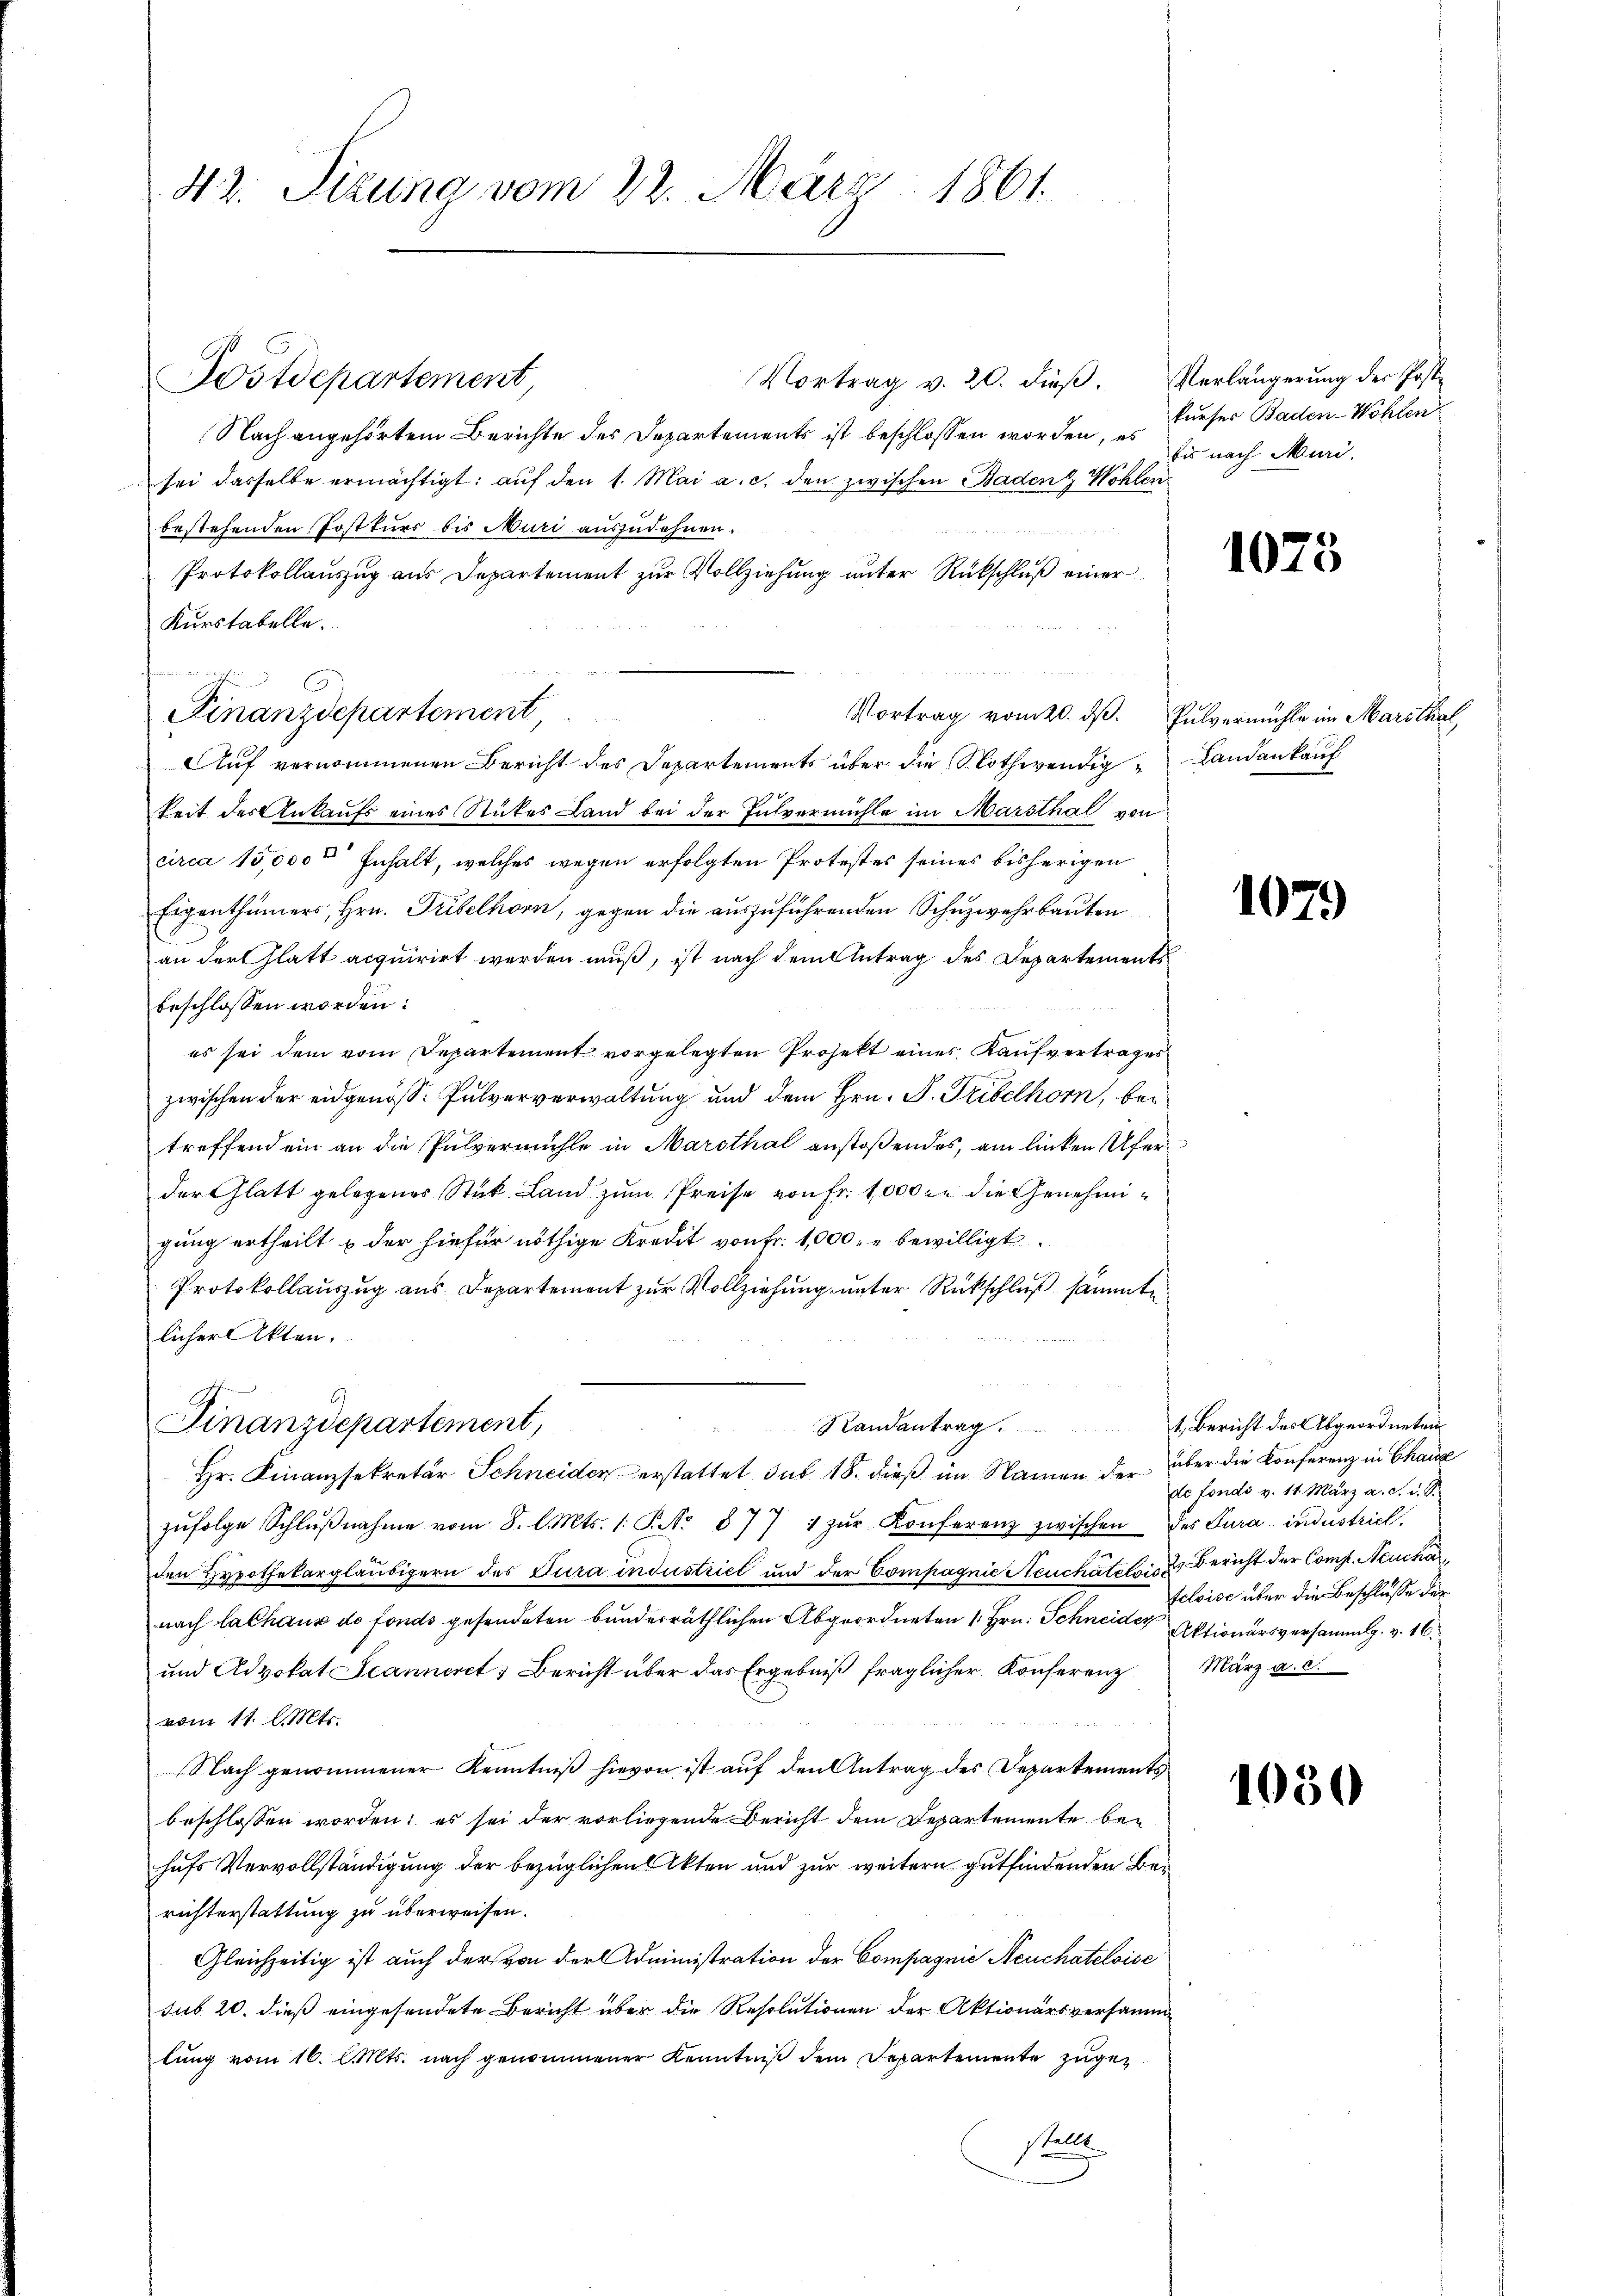
42. Sizung vom 22. März 1861.

Vortrag v. 20. dieβ. Verlängerŭng der Post-
Nach angehörtem Berichte des Departements ist beschlossen worden, es
sei dasselbe ermächtigt: auf den 1. Mai a. c. den zwischen Baden & Wohlen
bestehenden Postkurs bis Muri auszudehnen.
1
Protokollauszug aus Departement zur Vollziehung unter Rückschluß einer
Kurstabelle.

Auf vernommenen Bericht des Departements über die Nothwendige Landankauf
keit der Ankaufs eines Stückes Land bei der Fulvermühle im Marsthal von
circa 15,000 Inhalt, welches wegen erfolgten Protestes seines bisherigen
Eigenthümers, Hrn. Tribelhorn, gegen die auszuführenden Schuzwehrbauten
an der Glatt acquirirt werden muß, ist nach dem Antrag des Departements
beschlossen worden:
es sei dem vom Departement vorgelegten Projekt eines Kaufvertrages
zwischen der eidgenöss. Pulververwaltung und dem Hrn. P. Tribelhorn, betreffend ein an die Pulvermühle in Marsthal anstoßendes, am linken Ufer
der Glatt gelegenes Stück Land zum Preise von Fr. 1000 er die Genehmigung ertheilt & der hiefür nöthige Kredit von Fr. 1,000. u bewilligt
Protokollauszug aus Departement zur Vollziehung unter Rückschluß sämmte
licher Akten.
Randantrag.
Finanzdepartement,
Hr. Finanzsekretär Schneider erstattet sub 18. dieß im Namen der über die Konferenz in Chaux
zŭfolge Schlŭβnahme vom 8. l. Mts. 1. No 877 1 zŭr Konferenz zwischen des Cura-industriel
den Hypothekargläubigern des Jura industriel und der Compagnie Neuchâtelois & Bericht der Comp. Neucha
nach lachaus de fonds gesendeten bunderräthlichen Abgeordneten 1. Hrn. Schneider Aktionärsversammlg. v. 16.
und Advokat Scanneret. Bericht über das Ergebniß fraglicher Konferenz
vom 11. l. Mts.
Nach genommener Kenntniß hievon ist auf den Antrag des Departements
beschlossen worden; es sei der vorliegende Bericht dem Departemente behufs Vervollständigung der bezüglichen Akten und zur weitern gutfindenden Berichterstattung zu überweisen.
Gleichzeitig ist auch der von der Administration der Compagnie Neuchateloise
sub 20. dieß eingesendete Bericht über die Resolutionen der Aktionärs versamm
lung vom 16. l. Mts. nach genommener Kenntniß dem Departemente zugestellt

Postdepartement

Finanzdepartement,

Vortrag vom 20. ds.

kurser Baden-Wohlen
bis nach Muri,

1075

Pulvermühle im Marsthal

1079

1. Bericht des Abgeordneten.
de fonds v. 11. März a. d. i. S.
teloise über die Beschlusse der
März a. c.

1050